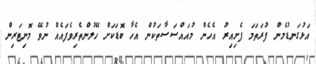
އަޅުގަނޑުމެން ފުރަތަމަ ފެށިއިރު އެހެން މުއައްސަސާތަކުން އެހާ ބޮޑަކަށް ހޭލުންތެރިވެފައެއް ނުވޭ މޮނިޓަރިން